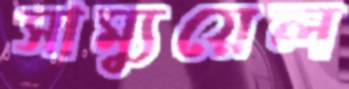
সাম্যুয়েল